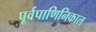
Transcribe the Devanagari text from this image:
पूर्वपाणिनिकाल